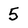
Character: 5